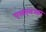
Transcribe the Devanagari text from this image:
एलएमआर